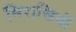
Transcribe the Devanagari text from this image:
मिरासियों